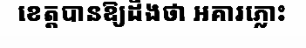
ខេត្តបានឱ្យដឹងថា អគារភ្លោះ